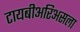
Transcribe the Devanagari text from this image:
टायबीअरिअसला